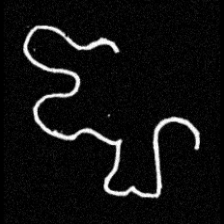
Pyu character \u2014 Myanmar letter: ဈ (romanized: jha)